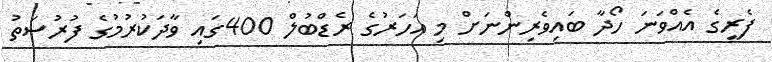
ފެރީގެ އެއްވަނަ ހޯދާ ބައިވެރިންނަށް މި އަހަރުގެ ރެޑްބުލް 400ގައި ވާދަކުރުމުގެ ފުރުސަތު